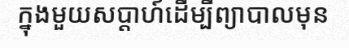
ក្នុងមួយសប្តាហ៍ដើម្បីព្យាបាលមុន